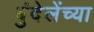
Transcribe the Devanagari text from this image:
बुंदेलेंच्या